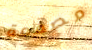
مصممة